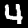
Label: 4